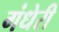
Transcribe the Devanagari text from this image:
गंधेरी